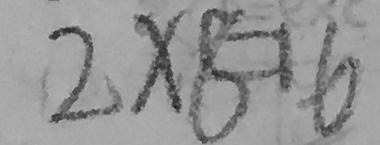
2 \times 8 = 1 6